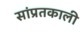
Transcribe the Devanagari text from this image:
सांप्रतकाली